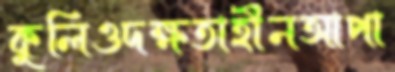
কুলিওদক্ষতাহীনআপা